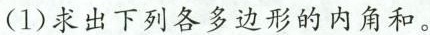
(1)求出下列各多边形的内角和。